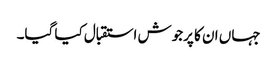
جہاں ان کا پرجوش استقبال کیا گیا۔